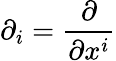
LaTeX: \partial_{i}=\frac{\partial}{\partial x^{i}}